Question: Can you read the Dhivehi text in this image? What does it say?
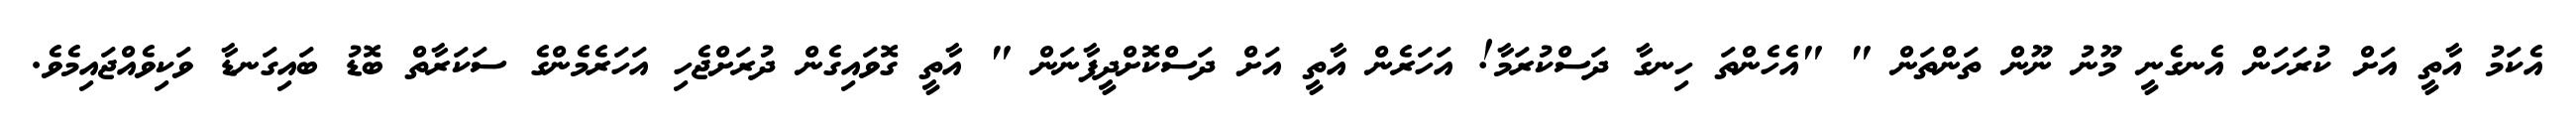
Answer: އެކަމު އާތީ އަށް ކުރަހަން އެނގެނީ މޫނު ނޫން ތަންތަން " "އެހެންތަ ހިނގާ ދަސްކުރަމާ! އަހަރެން އާތީ އަށް ދަސްކޮށްދީފާނަން " އާތީ ގޮވައިގެން ދުރަށްޖެހި އަހަރެމެންގެ ސަކަރާތް ބޮޑު ބައިގަނޑާ ވަކިވެއްޖައިމެވެ.